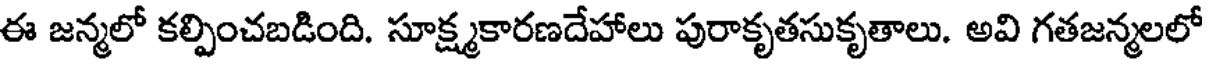
ఈ జన్మలో కల్పించబడింది. సూక్ష్మకారణదేహాలు పురాకృతసుకృతాలు. అవి గతజన్మలలో